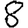
Digit: 8